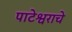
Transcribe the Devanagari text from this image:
पाटेश्वराचे